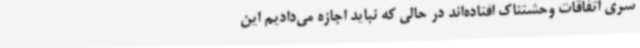
سری اتفاقات وحشتناک افتاده‌اند در حالی که نباید اجازه می‌دادیم این